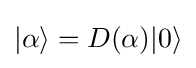
|\alpha \rangle =D(\alpha )|0\rangle